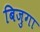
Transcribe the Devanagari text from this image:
बिजुगा